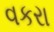
વકરા